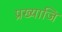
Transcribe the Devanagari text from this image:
प्रख्याजि